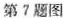
第7题图